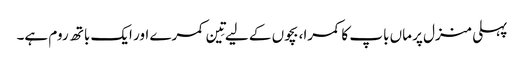
پہلی منزل پر ماں باپ کا کمرا، بچوں کے لیے تِین کمرے اور ایک باتھ روم ہے۔